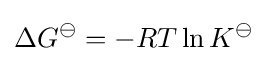
\Delta G^{\ominus }=-RT\ln K^{\ominus }